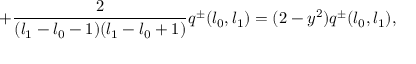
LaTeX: + \frac { 2 } { ( l _ { 1 } - l _ { 0 } - 1 ) ( l _ { 1 } - l _ { 0 } + 1 ) } q ^ { \pm } ( l _ { 0 } , l _ { 1 } ) = ( 2 - y ^ { 2 } ) q ^ { \pm } ( l _ { 0 } , l _ { 1 } ) ,